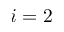
i = 2